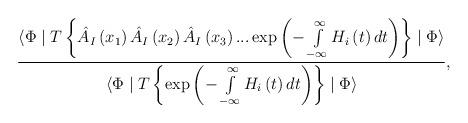
LaTeX: \begin{align*}\frac{\langle \Phi \mid T\left\{ \hat{A}_I\left(x_1\right)\hat{A}_I\left(x_2\right) \hat{A}_I\left(x_3\right)...\exp \left(-\int\limits_{-\infty }^\infty H_i\left(t\right) dt\right)\right\} \mid \Phi \rangle }{\langle \Phi \mid T\left\{ \exp\left(-\int\limits_{-\infty }^\infty H_i\left(t\right) dt\right)\right\} \mid \Phi \rangle }, \end{align*}